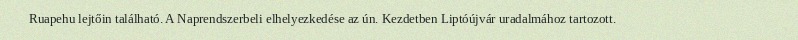
Ruapehu lejtőin található. A Naprendszerbeli elhelyezkedése az ún. Kezdetben Liptóújvár uradalmához tartozott.